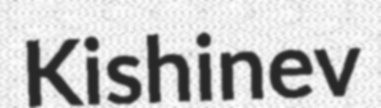
Kishinev